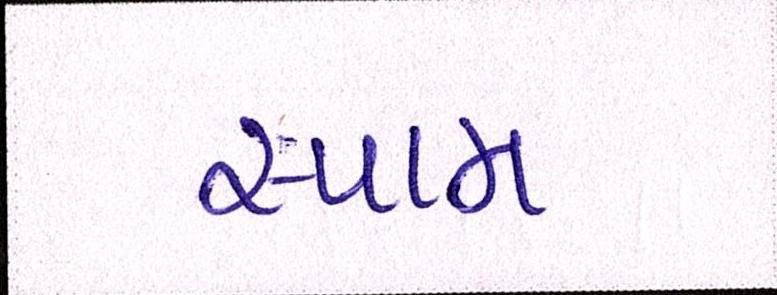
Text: સ્પામ